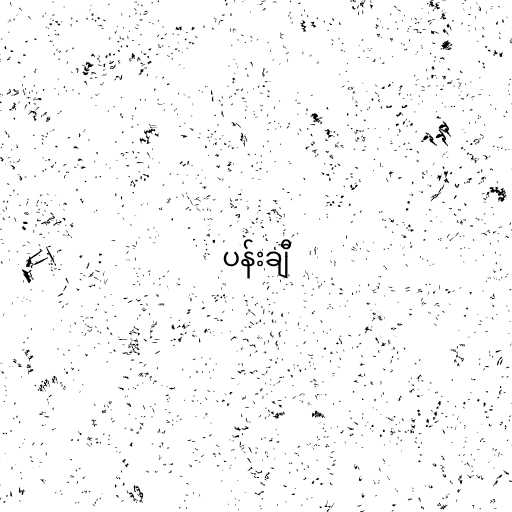
ပန်းချီ